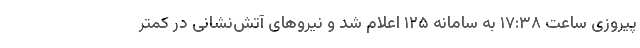
پیروزی ساعت ۱۷:۳۸ به سامانه ۱۲۵ اعلام شد و نیروهای آتش‌نشانی در کمتر